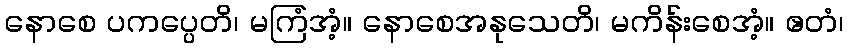
နောစေ ပကပ္ပေတိ၊ မကြံအံ့။ နောစေအနုသေတိ၊ မကိန်းစေအံ့။ ဧတံ၊